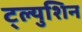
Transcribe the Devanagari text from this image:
ट्ल्युशिन